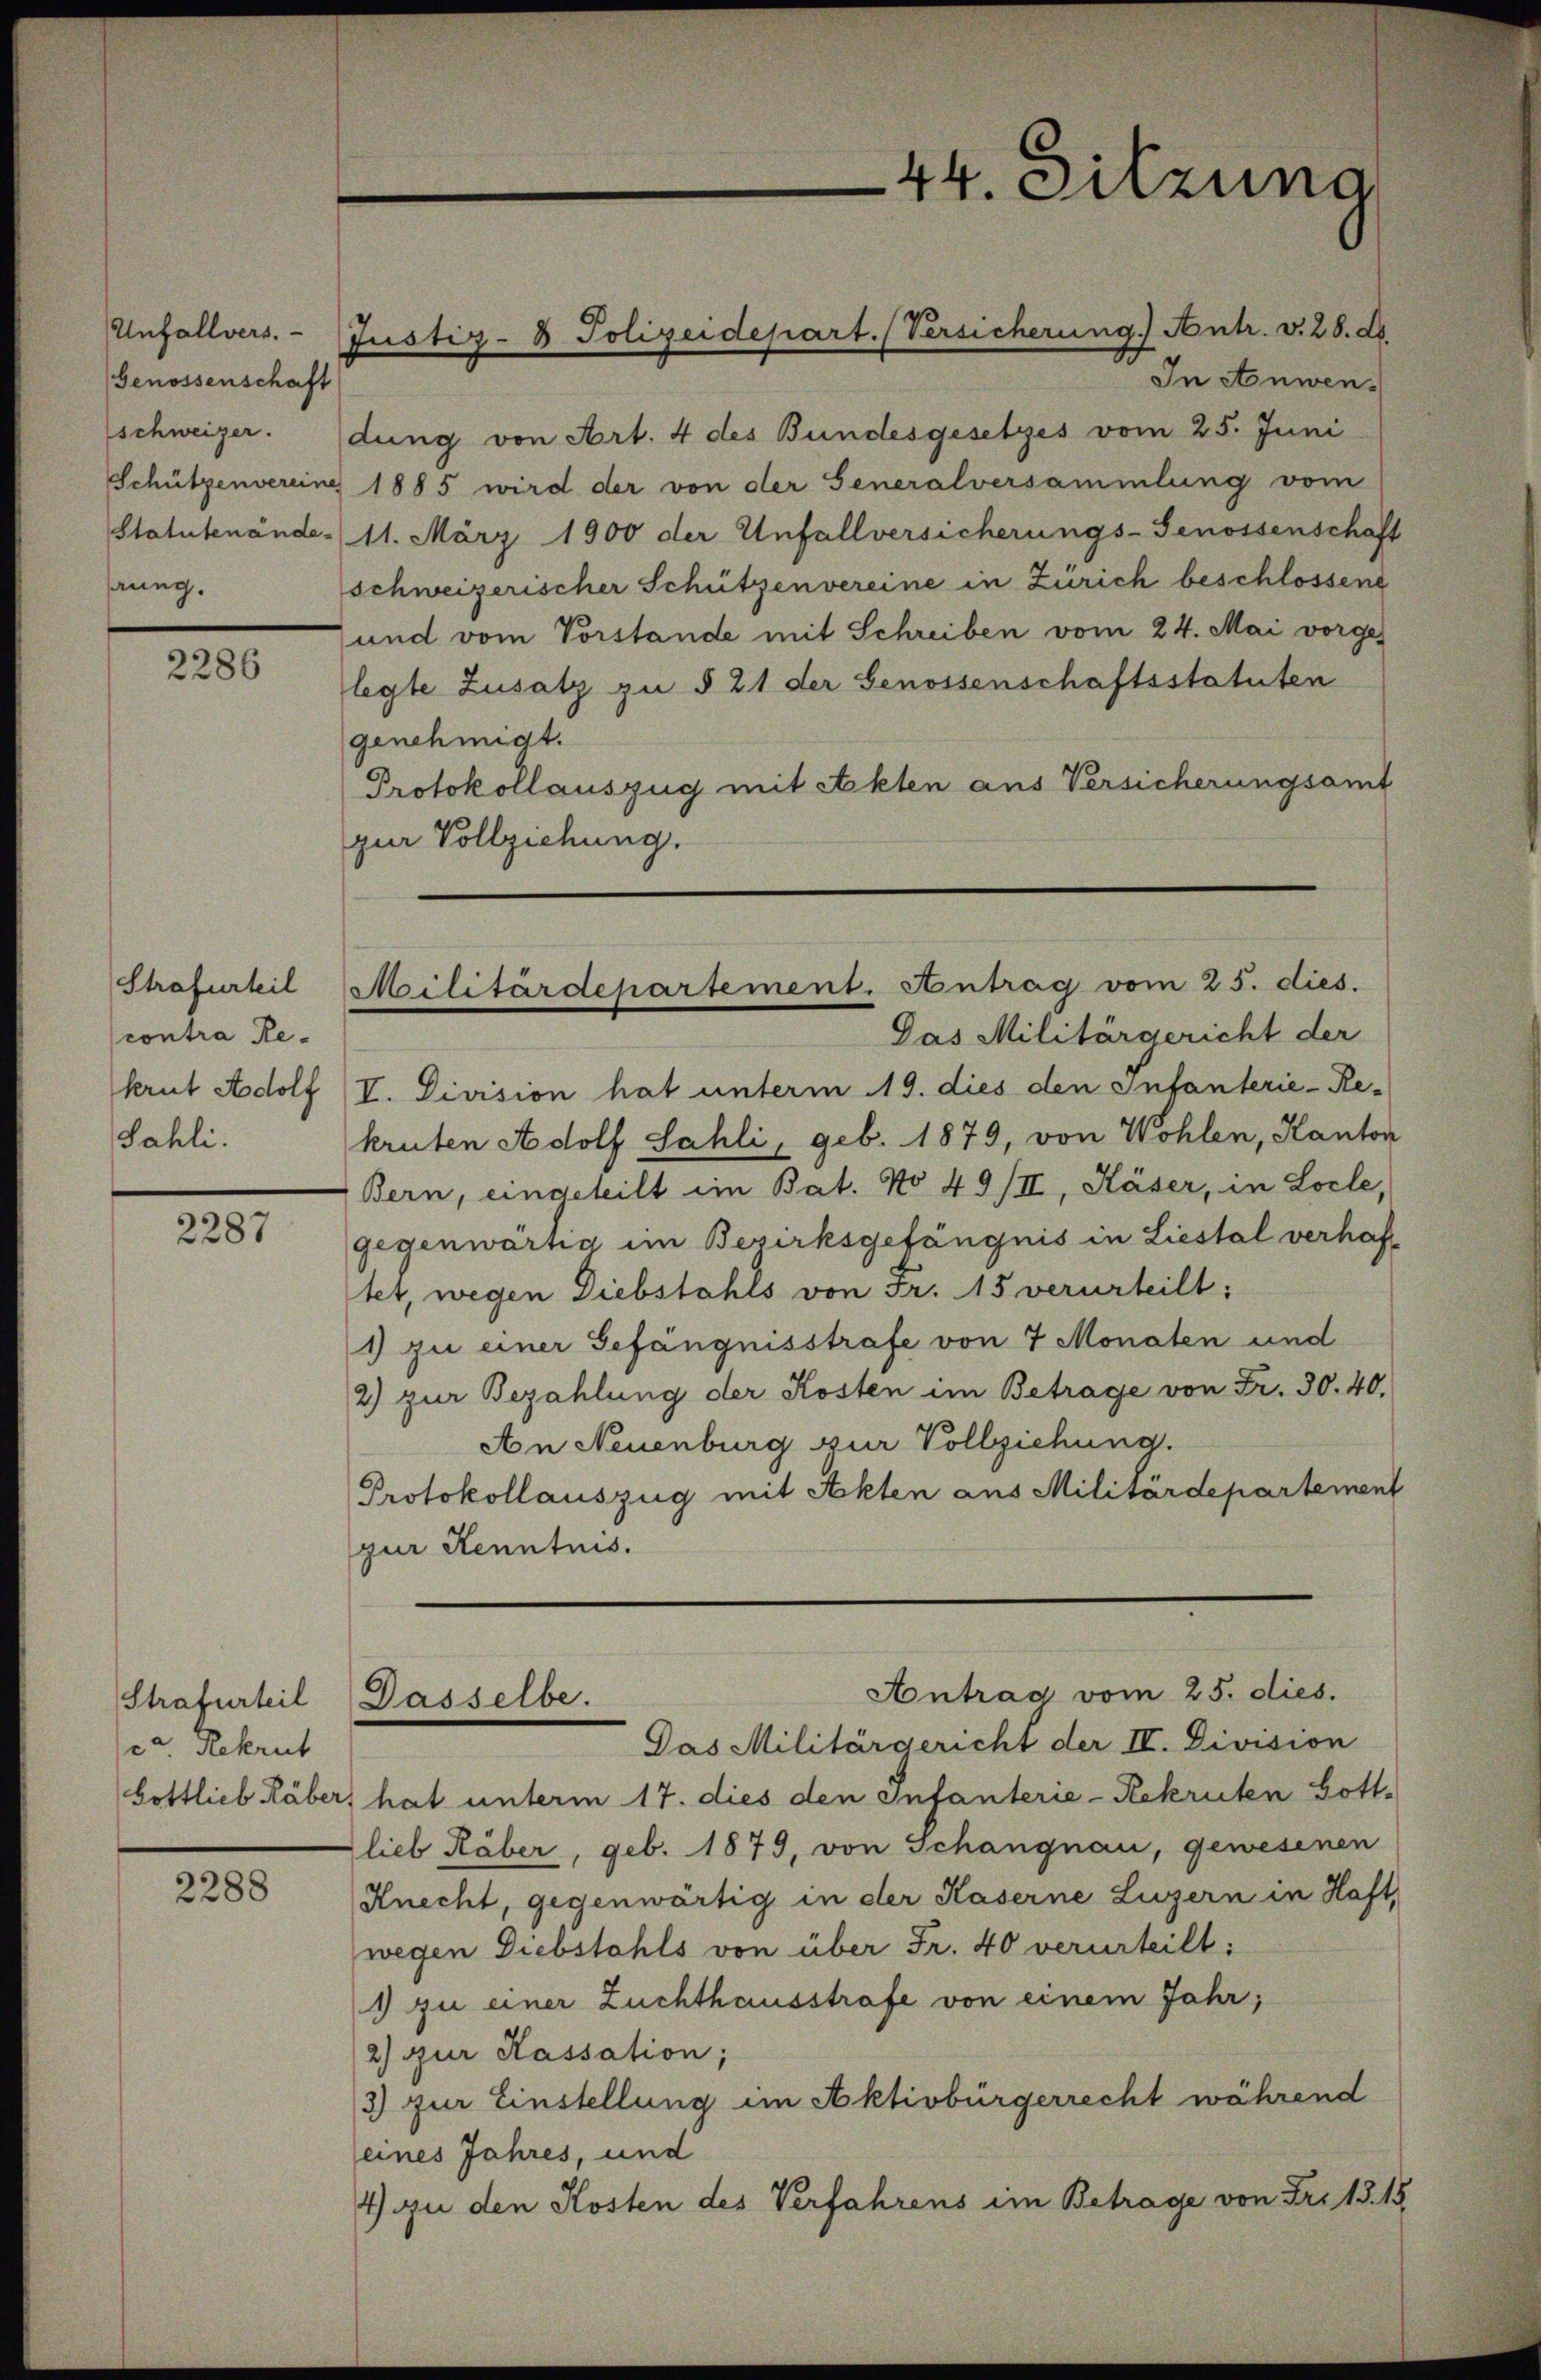
Genossenschaft
schweizer.
aung.

2286

Strafurteil
contra Rekrut Adolf
Sahli.

2287

Strafurteil
c. Rekrut

2288

In Anwendung von Art. 4 des Bundesgesetzes vom 25. Juni
Schützenvereine 1885 wird der von der Generalversammlung vom
Statutenände 11. März 1900 der Unfallversicherungs-Genossenschaft
schweizerischer Schützenvereine in Zürich beschlossene
und vom Vorstande mit Schreiben vom 24. Mai vorges
legte Zusatz zu § 21 der Genossenschaftsstatuten
genehmigt.
Protokollauszug mit Akten aus Versicherungsamt
zur Vollziehung.

Unfallvers.- Justiz- & Polizeidepart. (Versicherung) Antr. v. 28. d.

44. Sitzuna

Militärdepartement. Antrag vom 25. dies.

Das Militärgericht der
V. Division hat unterm 19. dies den Infanterie-Re-
kruten Adolf Sahli, geb. 1879, von Wohlen, Kanton
Bern, eingeteilt im Bat. No 49/II, Käser, in Locle,
gegenwärtig im Bezirksgefängnis in Liestal verhaftet, wegen Diebstahls von Fr. 15 verurteilt:
1) zu einer Gefängnisstrafe von 7 Monaten und
2) zur Bezahlung der Kosten im Betrage von Fr. 30. 40.
An Neuenburg zur Vollziehung.
Protokollauszug mit Akten aus Militärdepartement
zur Kenntnis.

Antrag vom 25. dies.
Dasselbe.
Das Militärgericht der IV. Division

bottlieb Räber, hat unterm 17. dies den Infanterie-Rekruten Bott.
lieb Räber, geb. 1879, von Schangnau, gewesenen
Knecht, gegenwärtig in der Kaserne Luzern in Haft,
wegen Diebstahls von über Fr. 40 verurteilt:
1 zu einer Zuchthausstrafe von einem Jahr,
2) zur Kassation;
3) zur Einstellung im Aktivbürgerrecht während
eines Jahres, und
4) zu den Kosten des Verfahrens im Betrage von Fr. 13. 15